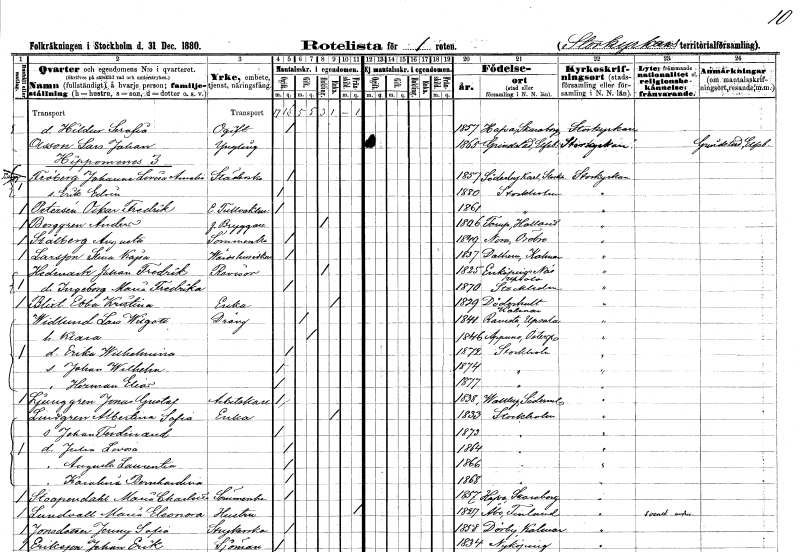
gt_parse: households: individuals: FN: Hildur Serafia
KON: K
CIV: O
FODAR: 1857
FODFORS: Hova Skaraborgs län
FN: Lars Johan
EN: Olsson
KON: M
CIV: O
FODAR: 1865
FODFORS: Grinstad Älvsborgs län
FN: Johanna Lovisa Amalia
EN: Fröberg
YRKE: Städerska
KON: K
CIV: O
FODAR: 1857
FODFORS: Söderby-Karl Stockholms län
FN: Erik Edvin
KON: M
CIV: O
FODAR: 1880
FODFORS: Stockholm
FN: Oskar Fredrik
EN: Petersén
YRKE: Tullvaktmästare e.
KON: M
CIV: O
FODAR: 1861
FODFORS: Stockholm
FN: Anders
EN: Berggren
YRKE: Bryggare f.
KON: M
CIV: E
FODAR: 1806
FODFORS: Torup Hallands län
FN: Augusta
EN: Stålberg
YRKE: Sömmerska
KON: K
CIV: O
FODAR: 1849
FODFORS: Nora Örebro län
FN: Stina Kajsa
EN: Larsson
YRKE: Värdshusidkerska
KON: K
CIV: O
FODAR: 1837
FODFORS: Dalhem Kalmar län
FN: Johan Fredrik
EN: Hedmark
YRKE: Revisor
KON: M
CIV: E
FODAR: 1825
FODFORS: Enköpings-Näs Uppsala län
FN: Ingeborg Maria Fredrika
KON: K
CIV: O
FODAR: 1870
FODFORS: Stockholm
FN: Ebba Kristina
EN: Blixt
YRKE: Änka
KON: K
CIV: E
FODAR: 1829
FODFORS: Döderhult Kalmar län
FN: Lars Wilgott
EN: Widlund
YRKE: Dräng
KON: M
CIV: G
FODAR: 1844
FODFORS: Ramsta Uppsala län
FN: Klara
KON: K
CIV: G
FODAR: 1846
FODFORS: Appuna Östergötlands län
FN: Erika Wilhelmina
KON: K
CIV: O
FODAR: 1872
FODFORS: Stockholm
FN: Johan Wilhelm
KON: M
CIV: O
FODAR: 1874
FODFORS: Stockholm
FN: Herman Elias
KON: M
CIV: O
FODAR: 1877
FODFORS: Stockholm
FN: Jonas Gustaf
EN: Ljunggren
YRKE: Arbetskarl
KON: M
CIV: O
FODAR: 1838
FODFORS: Vallby Södermanlands län
FN: Albertina Sofia
EN: Lindgren
YRKE: Änka
KON: K
CIV: E
FODAR: 1833
FODFORS: Stockholm
FN: Johan Ferdinand
KON: M
CIV: O
FODAR: 1873
FODFORS: Stockholm
FN: Julia Lovisa
KON: K
CIV: O
FODAR: 1864
FODFORS: Stockholm
FN: Augusta Laurentia
KON: K
CIV: O
FODAR: 1866
FODFORS: Stockholm
FN: Karolina Bernhardina
KON: K
CIV: O
FODAR: 1868
FODFORS: Stockholm